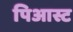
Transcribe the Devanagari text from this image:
पिआस्ट